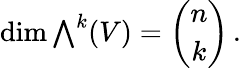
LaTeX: \dim{\textstyle\bigwedge}^{k}(V)={\binom{n}{k}}\, .